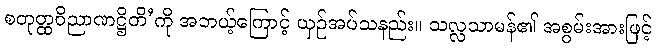
စတုတ္ထဝိညာဏဋ္ဌိတိ’ကို အဘယ့်ကြောင့် ယှဉ်အပ်သနည်း။ သလ္လသာမန်၏ အစွမ်းအားဖြင့်